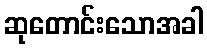
ဆုတောင်းသောအခါ